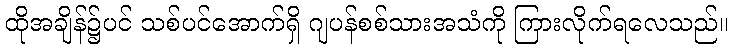
ထိုအချိန်၌ပင် သစ်ပင်အောက်ရှိ ဂျပန်စစ်သားအသံကို ကြားလိုက်ရလေသည်။